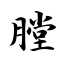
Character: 膛